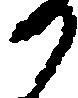
か